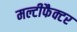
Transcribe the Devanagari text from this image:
मल्टीफैक्टर